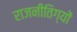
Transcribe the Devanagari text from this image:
राजनीतिग्यों